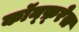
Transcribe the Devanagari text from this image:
कॉन्फ़्रेस